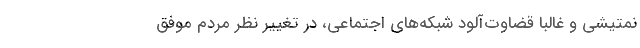
نمتیشی و غالباً قضاوت‌آلود شبکه‌های اجتماعی، در تغییر نظر مردم موفق